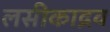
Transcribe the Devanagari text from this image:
लसीकाद्रव